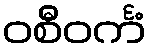
ဝစီဝင်္ကံ